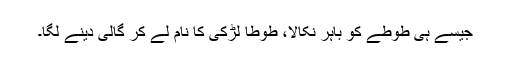
جیسے ہی طوطے کو باہر نکالا، طوطا لڑکی کا نام لے کر گالی دینے لگا۔